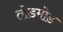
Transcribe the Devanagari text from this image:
तोडमोड